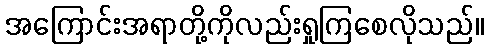
အကြောင်းအရာတို့ကိုလည်းရှုကြစေလိုသည်။